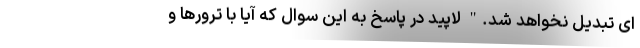
ای تبدیل نخواهد شد." لاپید در پاسخ به این سوال که آیا با ترورها و